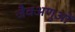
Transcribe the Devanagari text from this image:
जैवअणुओं